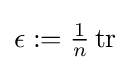
\epsilon :=\textstyle {\frac {1}{n}}\operatorname {tr}